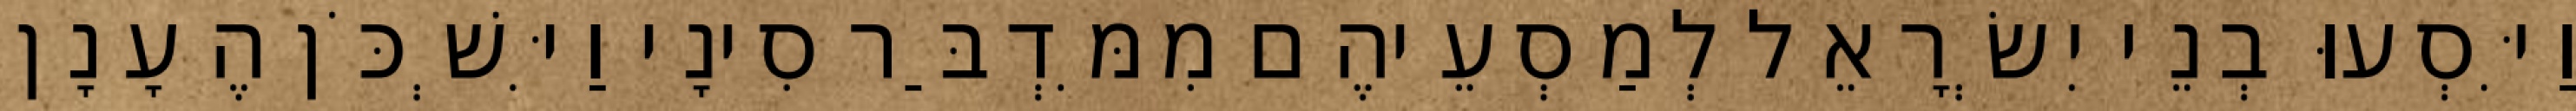
וַיִּסְעוּ בְנֵי יִשְׂרָאֵל לְמַסְעֵיהֶם מִמִּדְבַּר סִינָי וַיִּשְׁכֹּן הֶעָנָן